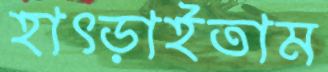
হাৎড়াইতাম